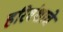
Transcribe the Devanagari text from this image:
हरिवंशाचे